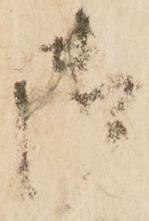
御